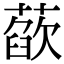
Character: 𦻁